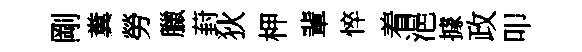
剛糞勞臘葑狄柙輩悴着浥據政叩